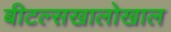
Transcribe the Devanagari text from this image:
बीटल्सखालोखाल